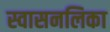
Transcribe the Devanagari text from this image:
स्वासनलिका